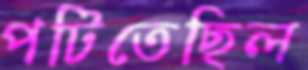
পটিতেছিল